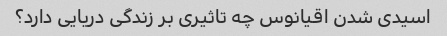
اسیدی شدن اقیانوس چه تاثیری بر زندگی دریایی دارد؟